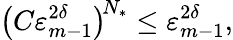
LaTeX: \bigl(C\varepsilon_{m-1}^{2\delta}\bigr)^{\! N_{*}}\leq\varepsilon_{m-1}^{2\delta},